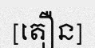
[តឿន]